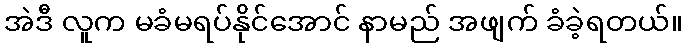
အဲဒီ လူက မခံမရပ်နိုင်အောင် နာမည် အဖျက် ခံခဲ့ရတယ်။